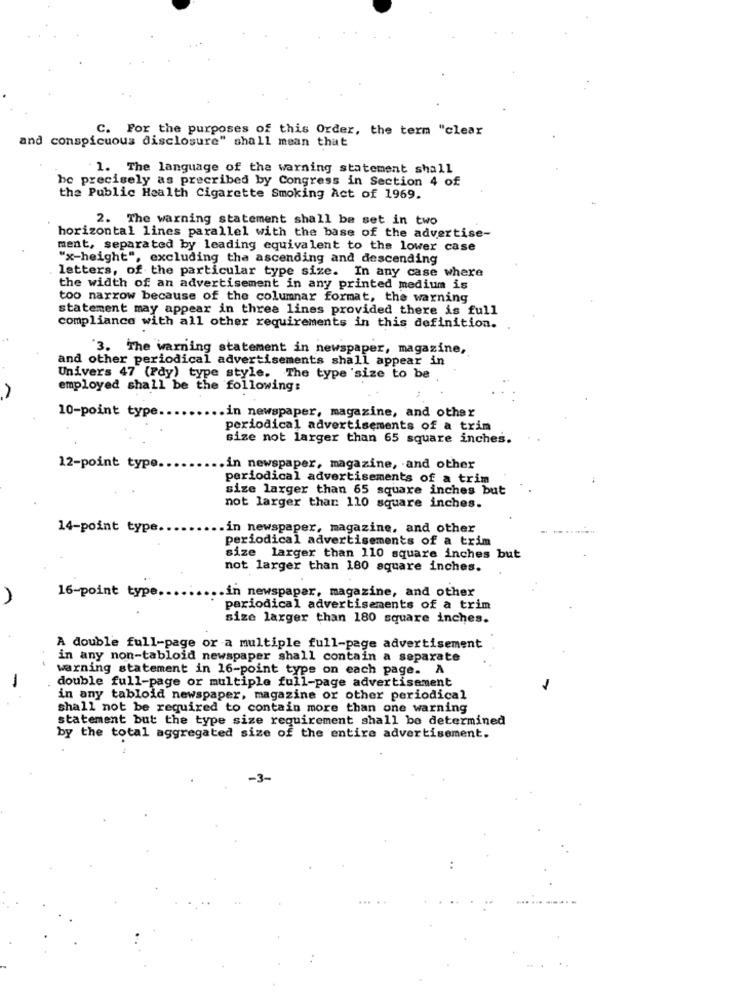
C. For the purposes of this Order, the term "clear
and conspicuous disclosure" shall mean that
1. The language of the warning statement shall
be precisely as precribed by Congress in Section 4 of
the Public Health Cigarette Smoking Act of 1969.
2. The warning statement shall be set in two
horizontal lines parallel with the base of the advertise-
ment, separated by leading equivalent to the lower case
"x-height", excluding tha ascending and descending
letters, of the particular type size. In any case where
the width of an advertisement in any printed medium is
too narrow because of the columnar format, the warning
statement may appear in three lines provided there is full
compliance with all other requirements in this definition.
3. The warning statement in newspaper, magazine,
and other periodical advertisements shall appear in
Univers 47 (Fdy) type style. The type size to be
employed shall be the following:
.in newspaper, magazine, and other
10-point type.
periodical advertisements of a trim
size not larger than 65 square inches.
12-point type.
.in newspaper, magazine, - and other
periodical advertisements of a trim
size larger than 65 square inches but
not larger than 110 square inches.
14-point type.
.in newspaper, magazine, and other
periodical advertisements of a trim
size larger than 110 square inches but
not larger than 180 square inches.
.in newspaper, magazine, and other
A
16-point type.
periodical advertisements of a trim
size larger than 180 square inches.
A double full-page or a multiple full-page advertisement
in any non-tabloid newspaper shall contain a separate
warning statement in 16-point type on each page. A
-
double full-page or multiple full-page advertisement
in any tabloid newspaper, magazine or other periodical
shall not be required to contain more than one warning
statement but the type size requirement shall be determined
by the total aggregated size of the entire advertisement.
-3-